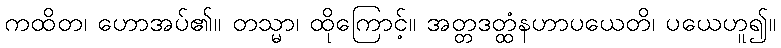
ကထိတ၊ ဟောအပ်၏။ တသ္မာ၊ ထိုကြောင့်။ အတ္တဒတ္ထံနဟာပယေတိ၊ ပယေဟူ၍။